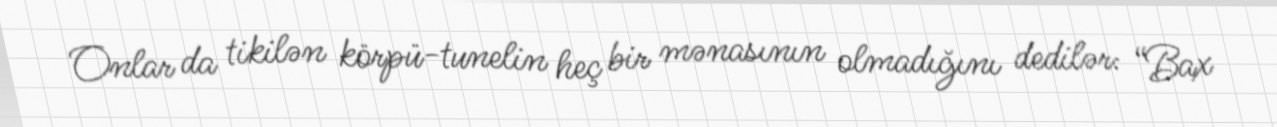
Onlar da tikilən körpü-tunelin heç bir mənasının olmadığını dedilər: “Bax